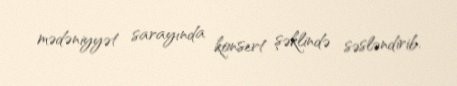
mədəniyyət sarayında konsert şəklində səsləndirib.